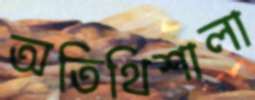
অতিথিশালা